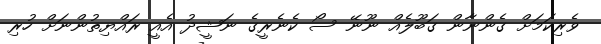
ވެރިކަމަށް ގެންނާން ގަބޫލެއް ނޫނޭ ސޯ ކެނެރީގެ ނަޝީދު އެއީ ރައްޔިތުންނަށް ހުރި